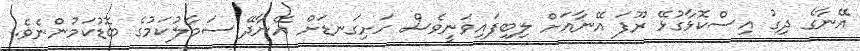
އޭނާގެ ދިގު އިސްކޮޅާގުޅޭ ރޫފަ އޭނާއަށް ލިބިފައިވަނީވެސް ހަށިގަނޑަށް އޭނާދޭ ސަމާލުކަމުގެ ބޮޑުކަމުންނެވެ.